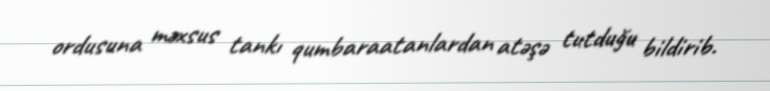
ordusuna məxsus tankı qumbaraatanlardan atəşə tutduğu bildirib.